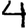
Digit: 4